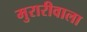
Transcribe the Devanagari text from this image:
मुरारीवाला